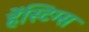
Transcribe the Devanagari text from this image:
हेंस्टिग्स